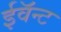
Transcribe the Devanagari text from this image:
ईवॅन्ट